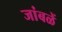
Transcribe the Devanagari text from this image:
जांबळें